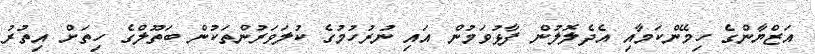
އަޒްޔާންގެ ހިމޭންކަމާއި އެދެލޮލުން ފާޅުވަމުން އައި ނުރުހުމުގެ ކުލަވަރުންތަކުން ބަތޫލްގެ ހިތަށް އިތުރު